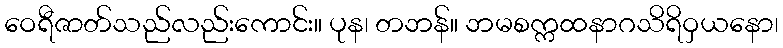
ဝေရီဇာတ်သည်လည်းကောင်း။ ပုန၊ တဘန်။ ဘမစက္ကထနာဂသိရိဝှယနော၊